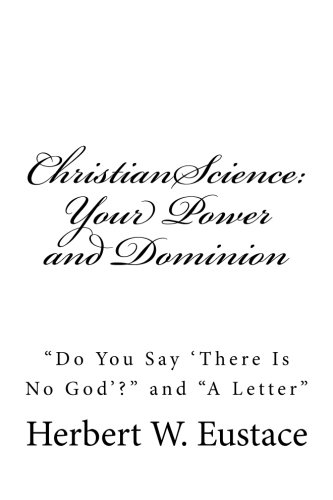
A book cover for Christian Science:  Your Power and Dominion; Herbert W. Eustace; Christian Books & Bibles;